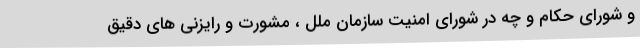
و شورای حکام و چه در شورای امنیت سازمان ملل ، مشورت و رایزنی های دقیق